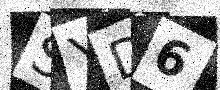
Text: SYD6